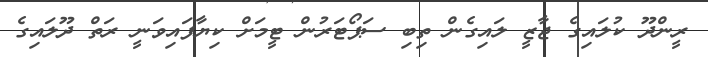
ރީންދޫ ކުލައިގެ ޖާޒީ ލައިގެން ތިބި ސަޕޯޓަރުން ޓީމަށް ކިޔާފައިވަނީ ރަތް ދޫލައިގެ